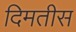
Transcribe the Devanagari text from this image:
दिमतीस